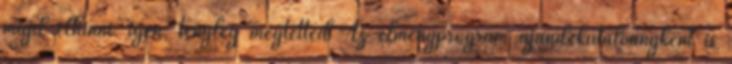
majd elhinni: igen, tényleg megtetted Az élményprogram ajándékutalványként is